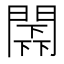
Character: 𨵰